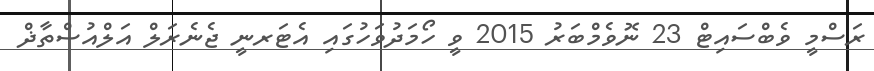
ރަސްމީ ވެބްސައިޓް 23 ނޮވެމްބަރު 2015 ވީ ހޯމަދުވަހުގައި އެޓަރނީ ޖެނެރަލް އަލްއުސްތާޛް